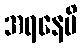
အရနေမိ